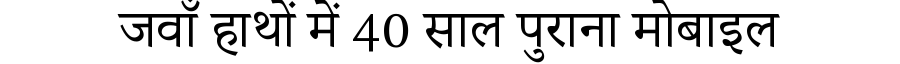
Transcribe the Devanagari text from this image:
जवाँ हाथों में 40 साल पुराना मोबाइल